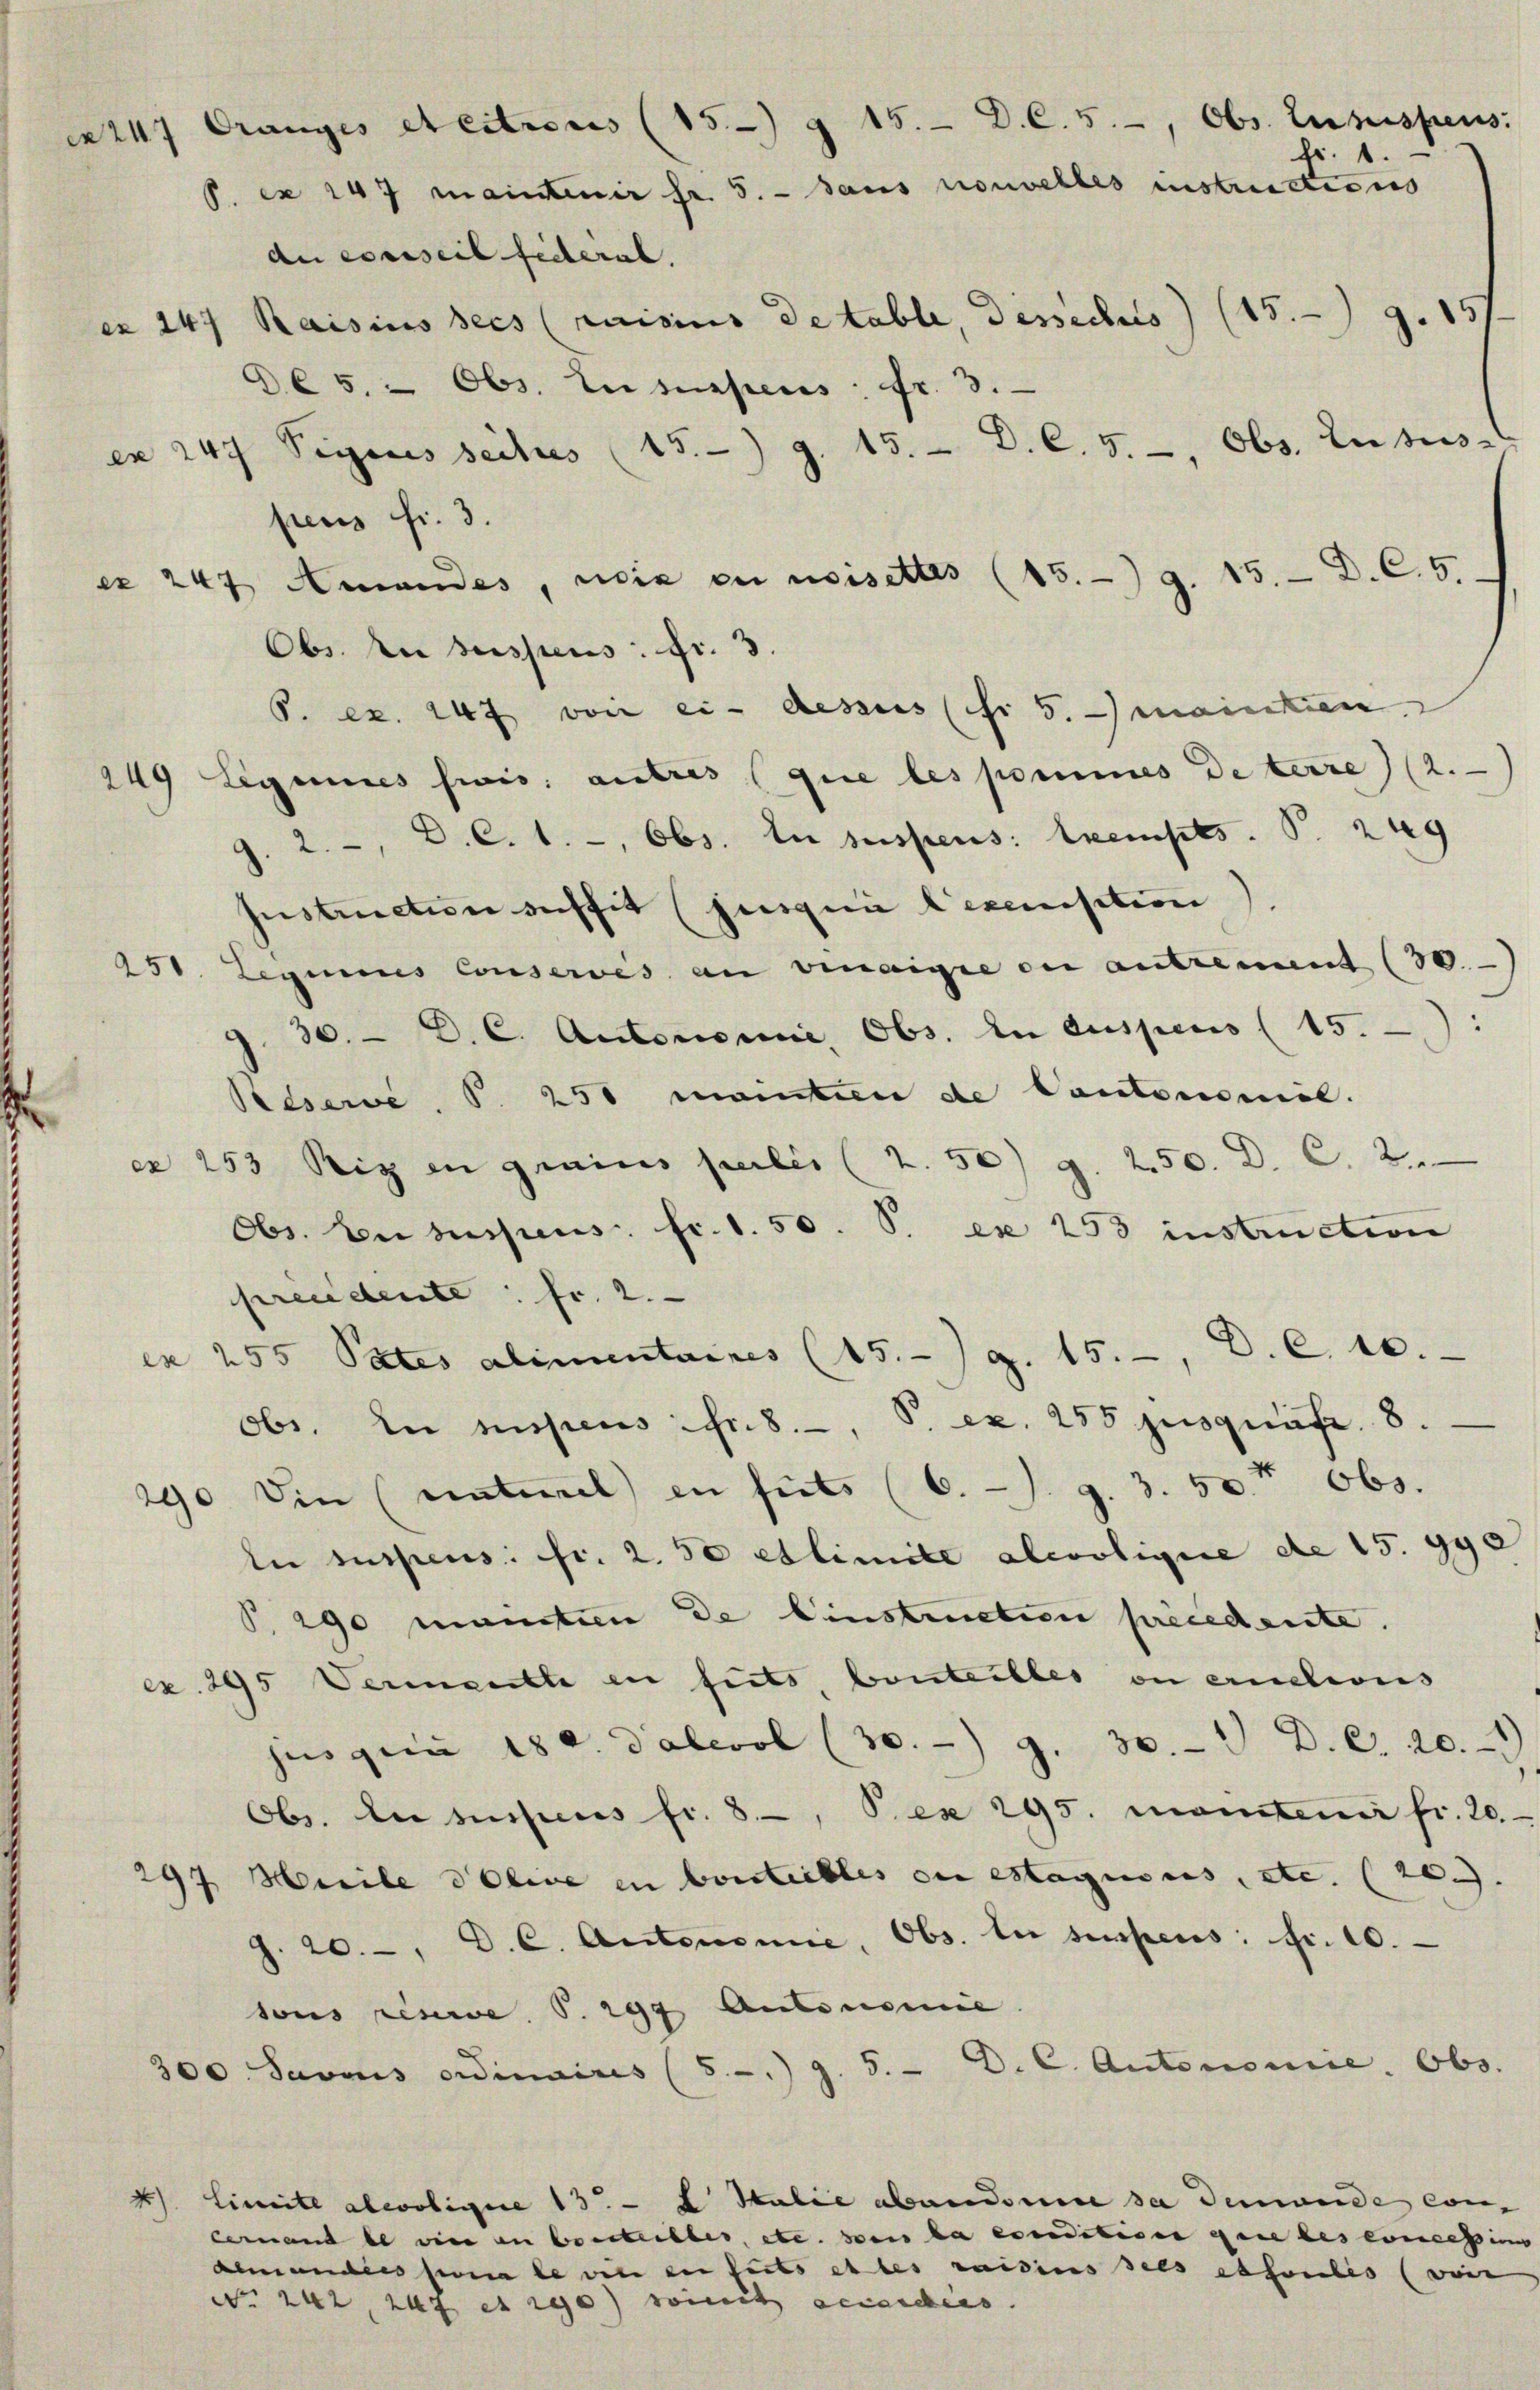
.

Obs. An suspens: Fr. 3.
6. ex. 247 von ci-desses (fr 5. mainten
249 Ligenes seis autres (que les pommes de terre (2.
J. 2., D. C. 1., Obs. In suspens: Exempes P. 249
Instruction deffit (jungen Decanisation).
251. Leginns Conservés an vinaire ou autrement (30
9. 30. D. C. Autorienne, Obs. In dispens (15.:
Pedserve, S. 251 mainten de Contommel.
ex 253 Riz in grains pulii (2. 50) g. 250. D. C. 2.
Obs. Er suspens. fr. 1. 50. P. es 253 instruction
preudente: fr. 2.
es 255 Pates alimentaires (15. g. 15. D. C. 10.
obr. In suspens fr. 8. P. ex. 255 jusquite. 8.
290. Die unterial in süss (6. s. g. 3. 50t Obs.
ln suspens. fr. 2. 50 etlimite alcooligne de 15. 990
P. 290 manten de Einstruction precedente.
ex. 295 Verantl in fits, bonteilles on ernations
jus gern 180. Daleool (30.) 9. 30. D. C. 20.1
Obs. In suspens fr. 8, P. ex 295. manten fr. 20.
297 Meile doive in boutibles du estagions, etc. (20.
J. 20. D. C. Autonomie, Obs. In sempens: Fr. 10.
sous resere S. 297 Autonomie
300 Savous ordinaires (5. 9. 5. D. C. Autonomie. Obs.
4 Limite aleoligie 13. L. Stalie abandone sa demande con-
cernant le vier an Consteilber, etc. sei la condition qui les concessin
demandies sonale wie en fils es les raisins sees absoulis (wei

1247 Orangés et citrius (15 g 15. D. C. 5., Obs. Luzispens:
fr. 1.
P. ex 147 maintenir Fr. 5. - dans nouvelles instructions
du conseil federal.
Raisius sees (saisius de table, dessechs) (15. 9. 157.
ex 24
D65. - Obs. Lususpens: fr. 3.
Signes seits (15. 9. 15. D. C. 5., Obs. Lutus-
ex 247
pens fr. 3.
ex 247 Amandes, wie zu weisettes (15. 9. 15. D. C. 5.

ais.